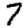
Digit: 7